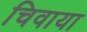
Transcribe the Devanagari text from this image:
चिवाया